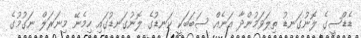
ޑެޑްސީގެ ލޮނުގަނޑު ތިލަވަމުންދާ އަނެއް ސަބަބަކީ ކަނޑުގެ ލޮނުގަނޑުގައި ހިމެނޭ މިނަރަލް ނަގުމުގެ